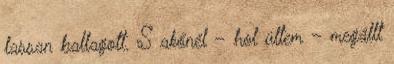
lassan ballagott. S akőnél – hol ültem – megállt